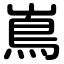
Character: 嶌